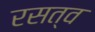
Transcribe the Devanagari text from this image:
रसत्व